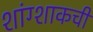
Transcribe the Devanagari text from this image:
शांग्शाकची